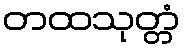
တထသုတ္တံ